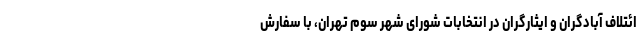
ائتلاف آبادگران و ایثارگران در انتخابات شورای شهر سوم تهران، با سفارش